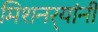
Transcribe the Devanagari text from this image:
मिशनर्‍यांनी